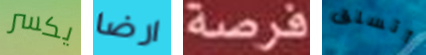
يكسر ارضا فرصة أتسلق